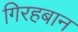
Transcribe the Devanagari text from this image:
गिरहबान